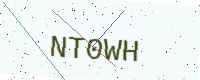
Text: NT0WH